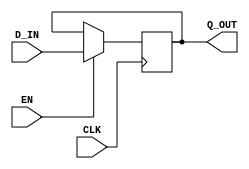

// Copyright (c) 2000-2019 Bluespec, Inc.

// Permission is hereby granted, free of charge, to any person obtaining a copy
// of this software and associated documentation files (the "Software"), to deal
// in the Software without restriction, including without limitation the rights
// to use, copy, modify, merge, publish, distribute, sublicense, and/or sell
// copies of the Software, and to permit persons to whom the Software is
// furnished to do so, subject to the following conditions:

// The above copyright notice and this permission notice shall be included in
// all copies or substantial portions of the Software.

// THE SOFTWARE IS PROVIDED "AS IS", WITHOUT WARRANTY OF ANY KIND, EXPRESS OR
// IMPLIED, INCLUDING BUT NOT LIMITED TO THE WARRANTIES OF MERCHANTABILITY,
// FITNESS FOR A PARTICULAR PURPOSE AND NONINFRINGEMENT. IN NO EVENT SHALL THE
// AUTHORS OR COPYRIGHT HOLDERS BE LIABLE FOR ANY CLAIM, DAMAGES OR OTHER
// LIABILITY, WHETHER IN AN ACTION OF CONTRACT, TORT OR OTHERWISE, ARISING FROM,
// OUT OF OR IN CONNECTION WITH THE SOFTWARE OR THE USE OR OTHER DEALINGS IN
// THE SOFTWARE.
//
// $Revision$
// $Date$

`ifdef BSV_ASSIGNMENT_DELAY
`else
  `define BSV_ASSIGNMENT_DELAY
`endif

// Basic register with initial value but without reset (not for ASIC synthesis).
module RegUNInit(CLK, Q_OUT, D_IN, EN);

   parameter width = 1;
   parameter init  = { width {1'b0} } ;

   input     CLK;
   input     EN;
   input [width - 1 : 0] D_IN;
   output [width - 1 : 0] Q_OUT;

   reg [width - 1 : 0]    Q_OUT;
   initial Q_OUT = init;

   always@(posedge CLK)
    begin
       if (EN)
          Q_OUT <= `BSV_ASSIGNMENT_DELAY D_IN;
    end
endmodule